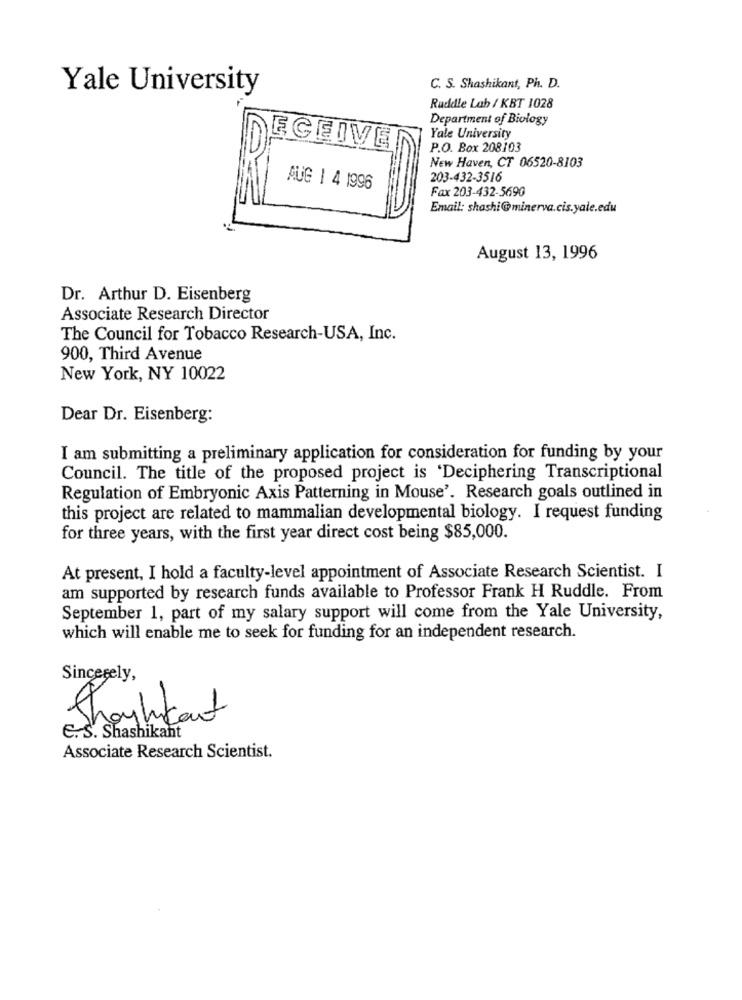
Yale University
C. S. Shashikant, Ph. D.
Ruddle Lab / KBT 1028
Department of Biology
Yale University
ECEIVE
P.O. Box 208103
New Haven, CT 06520-8103
203-432-3516
AUG | 4 1996
Fax 203-432-5690
Email: shashi@minerva.cis.yale.edu
August 13, 1996
Dr. Arthur D. Eisenberg
Associate Research Director
The Council for Tobacco Research-USA, Inc.
900, Third Avenue
New York, NY 10022
Dear Dr. Eisenberg:
I am submitting a preliminary application for consideration for funding by your
Council. The title of the proposed project is 'Deciphering Transcriptional
Regulation of Embryonic Axis Patterning in Mouse'. Research goals outlined in
this project are related to mammalian developmental biology. I request funding
for three years, with the first year direct cost being $85,000.
At present, I hold a faculty-level appointment of Associate Research Scientist. I
am supported by research funds available to Professor Frank H Ruddle. From
September 1, part of my salary support will come from the Yale University,
which will enable me to seek for funding for an independent research.
Sincerely,
they
sylkaut
E. S. Shashikant
Associate Research Scientist.